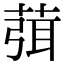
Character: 葞